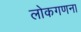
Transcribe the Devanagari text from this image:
लोकगणना